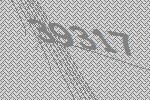
39317